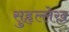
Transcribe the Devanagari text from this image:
सुहृल्लेख